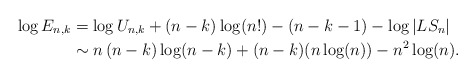
\begin{align*} \log E_{n,k} & = \log U_{n,k} + (n-k)\log(n!) - (n-k-1) - \log |LS_n| \\ & \sim n\, (n-k) \log(n-k) + (n-k) (n \log(n)) - n^2 \log(n).\end{align*}